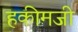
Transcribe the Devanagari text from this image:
हकीमजी